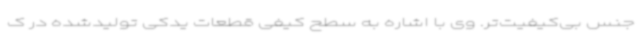
جنس بی‌کیفیت‌تر. وی با اشاره به سطح کیفی قطعات یدکی تولیدشده در ک